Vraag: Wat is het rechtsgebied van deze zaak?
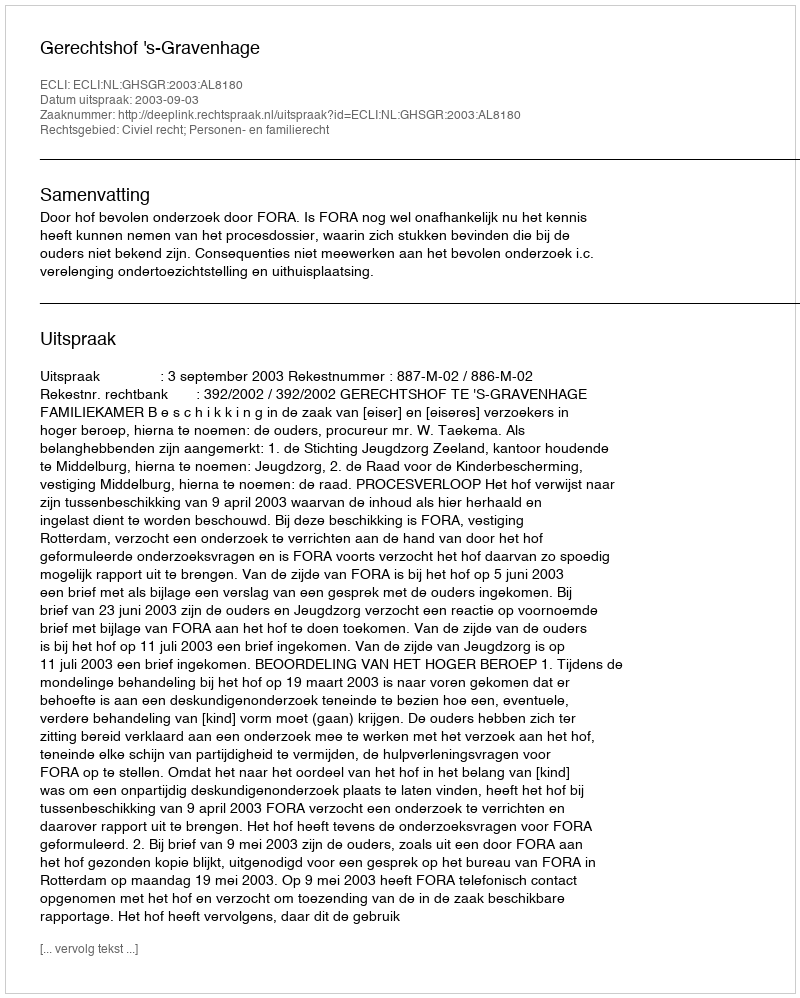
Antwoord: Civiel recht; Personen- en familierecht